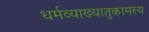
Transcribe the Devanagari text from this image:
धर्मव्याख्यातुकामस्य